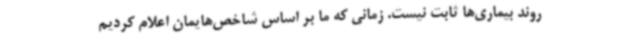
روند بیماری‌ها ثابت نیست. زمانی که ما بر اساس شاخص‌هایمان اعلام کردیم